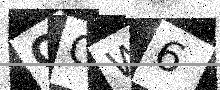
Text: OCW6